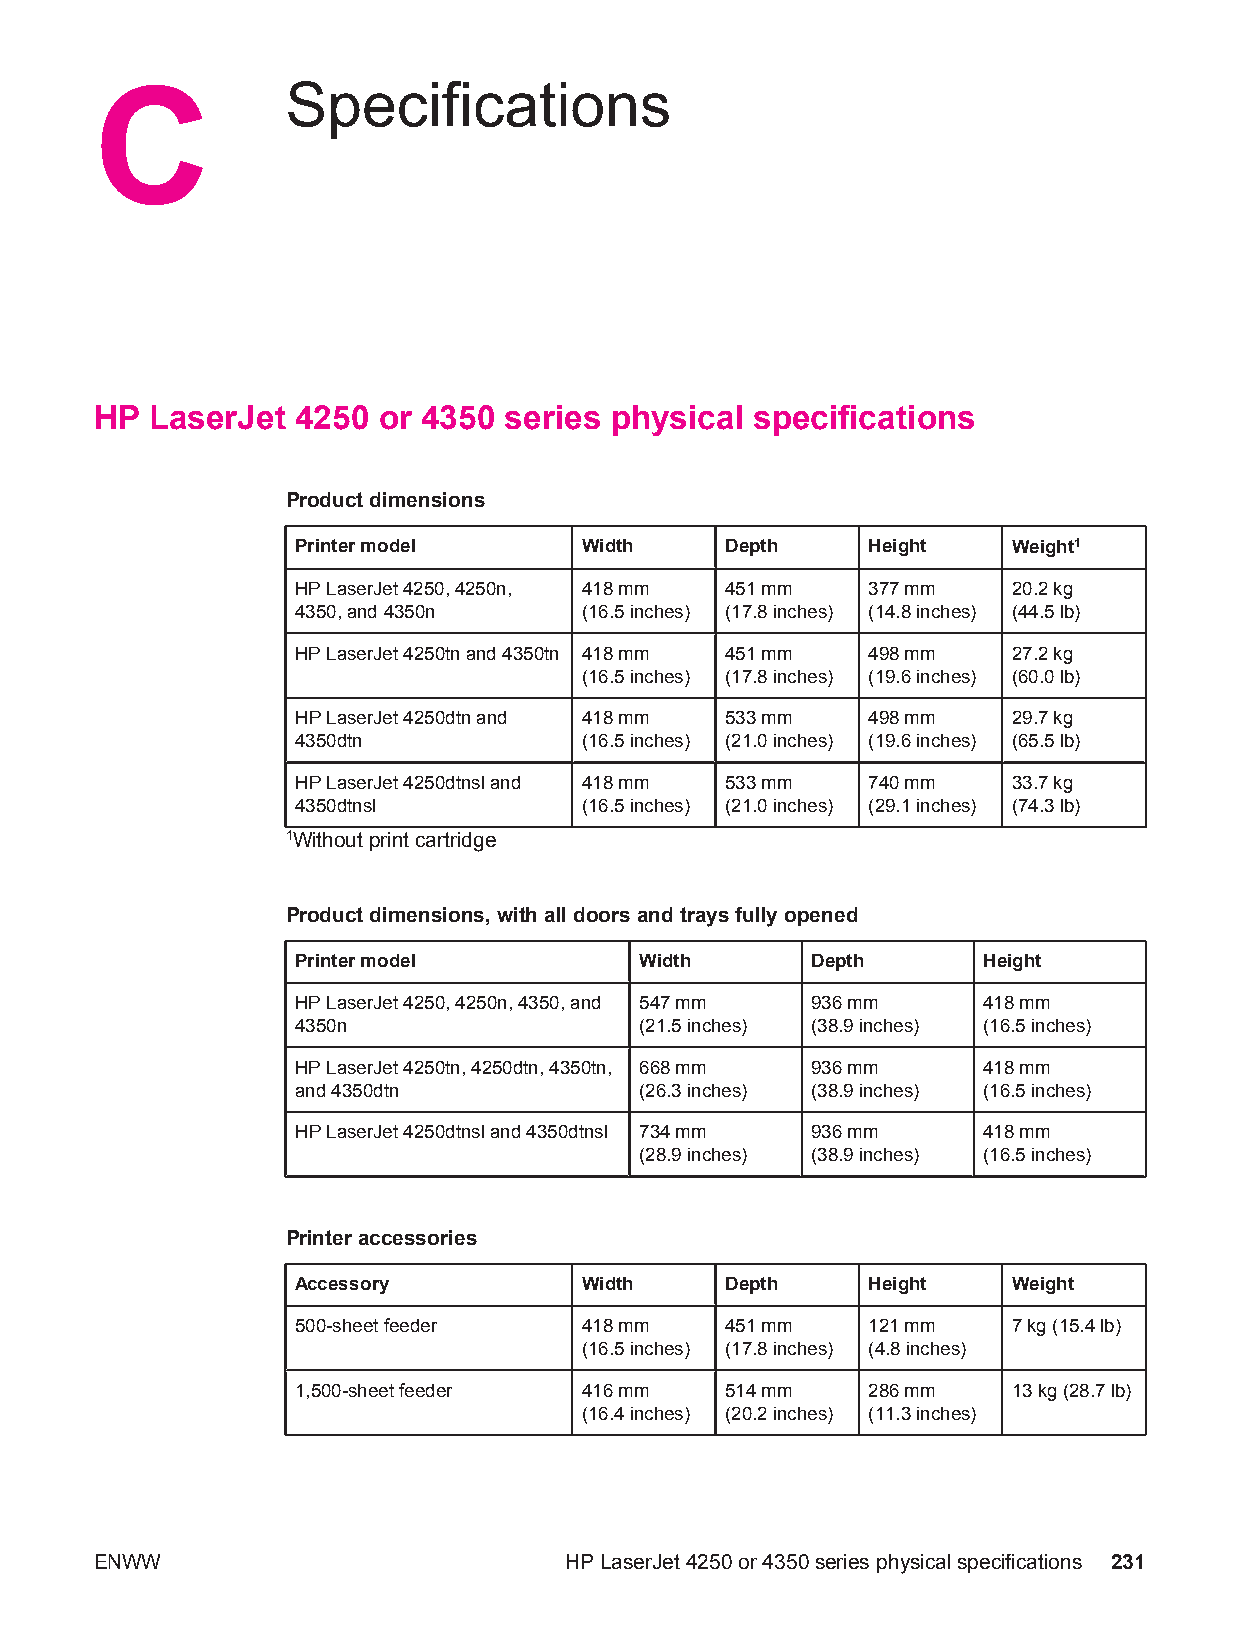
C            Specifications
 HP  LaserJet  4250 or 4350 series physical  specifications
 Product dimensions
 Printer model     Width     Depth    Height    Weight1
 HP LaserJet 4250, 4250n, 418 mm 451 mm 377 mm  20.2 kg
 4350, and 4350n   (16.5 inches) (17.8 inches) (14.8 inches) (44.5 lb)
 HP LaserJet 4250tn and 4350tn 418 mm 451 mm 498 mm 27.2 kg
 (16.5 inches) (17.8 inches) (19.6 inches) (60.0 lb)
 HP LaserJet 4250dtn and 418 mm 533 mm 498 mm   29.7 kg
 4350dtn           (16.5 inches) (21.0 inches) (19.6 inches) (65.5 lb)
 HP LaserJet 4250dtnsl and 418 mm 533 mm 740 mm 33.7 kg
 4350dtnsl         (16.5 inches) (21.0 inches) (29.1 inches) (74.3 lb)
 1Without print cartridge
 Product dimensions, with all doors and trays fully opened
 Printer model         Width       Depth      Height
 HP LaserJet 4250, 4250n, 4350, and 547 mm 936 mm 418 mm
 4350n                 (21.5 inches) (38.9 inches) (16.5 inches)
 HP LaserJet 4250tn, 4250dtn, 4350tn, 668 mm 936 mm 418 mm
 and 4350dtn           (26.3 inches) (38.9 inches) (16.5 inches)
 HP LaserJet 4250dtnsl and 4350dtnsl 734 mm 936 mm 418 mm
 (28.9 inches) (38.9 inches) (16.5 inches)
 Printer accessories
 Accessory         Width     Depth    Height    Weight
 500-sheet feeder  418 mm    451 mm   121 mm    7 kg (15.4 lb)
 (16.5 inches) (17.8 inches) (4.8 inches)
 1,500-sheet feeder 416 mm   514 mm   286 mm    13 kg (28.7 lb)
 (16.4 inches) (20.2 inches) (11.3 inches)
 ENWW                           HP LaserJet 4250 or 4350 series physical specifications 231